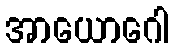
အာယောဂေါ